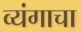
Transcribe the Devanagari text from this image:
व्यंगाचा